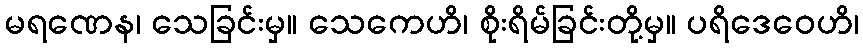
မရဏေန၊ သေခြင်းမှ။ သေကေဟိ၊ စိုးရိမ်ခြင်းတို့မှ။ ပရိဒေဝေဟိ၊